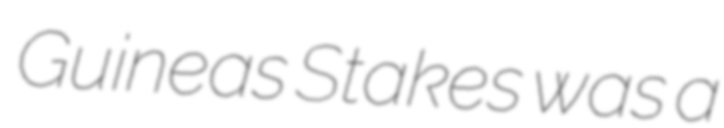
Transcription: Guineas Stakes was a